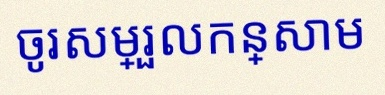
ចូរសម្រួលកន្សោម